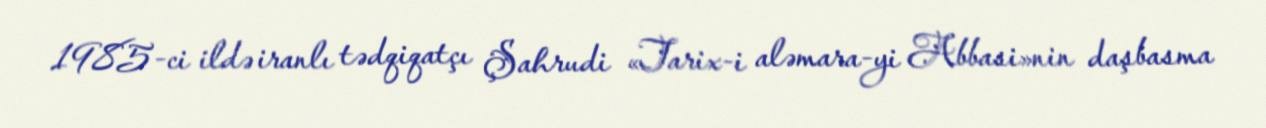
1985-ci ildə iranlı tədqiqatçı Şahrudi «Tarix-i aləmara-yi Abbasi»nin daşbasma